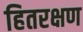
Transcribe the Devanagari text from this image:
हितरक्षण